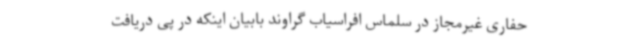
حفاری غیرمجاز در سلماس افراسیاب گراوند بابیان اینکه در پی دریافت